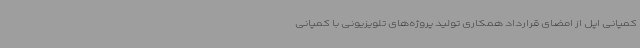
کمپانی اپل از امضای قرارداد همکاری تولید پروژه‌های تلویزیونی با کمپانی